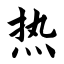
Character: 热